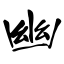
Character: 幽